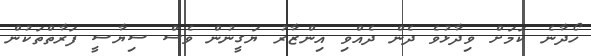
ހޯދާނެ ކަމަށް ވިދާޅުވެ ދެން ދެއްވި އިންޒާރު ޔަގީނުން ވެސް ސިޔާސީ ފަރާތްތަކުން